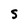
Character: S